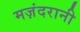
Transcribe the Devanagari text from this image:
मज़ंदरानी